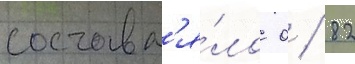
составл'я́ло 0 / 82